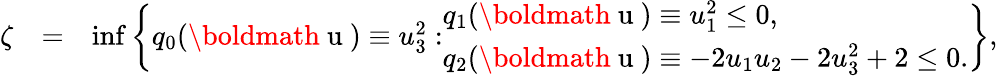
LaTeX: \begin{array}{rlr}{\zeta}&{=}&{\operatorname*{inf}\left\{ q_{0}(\mathrm{\boldmath~u~})\equiv u_{3}^{2}:\begin{array}{l}{q_{1}(\mathrm{\boldmath~u~})\equiv u_{1}^{2}\leq 0,}\\ {q_{2}(\mathrm{\boldmath~u~})\equiv-2u_{1}u_{2}-2u_{3}^{2}+2\leq 0.}\end{array}\right\} ,}\end{array}